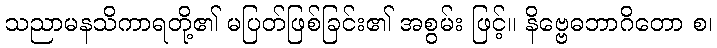
သညာမနသိကာရတို့၏ မပြတ်ဖြစ်ခြင်း၏ အစွမ်း ဖြင့်။ နိဗ္ဗေဓဘာဂိတော စ၊